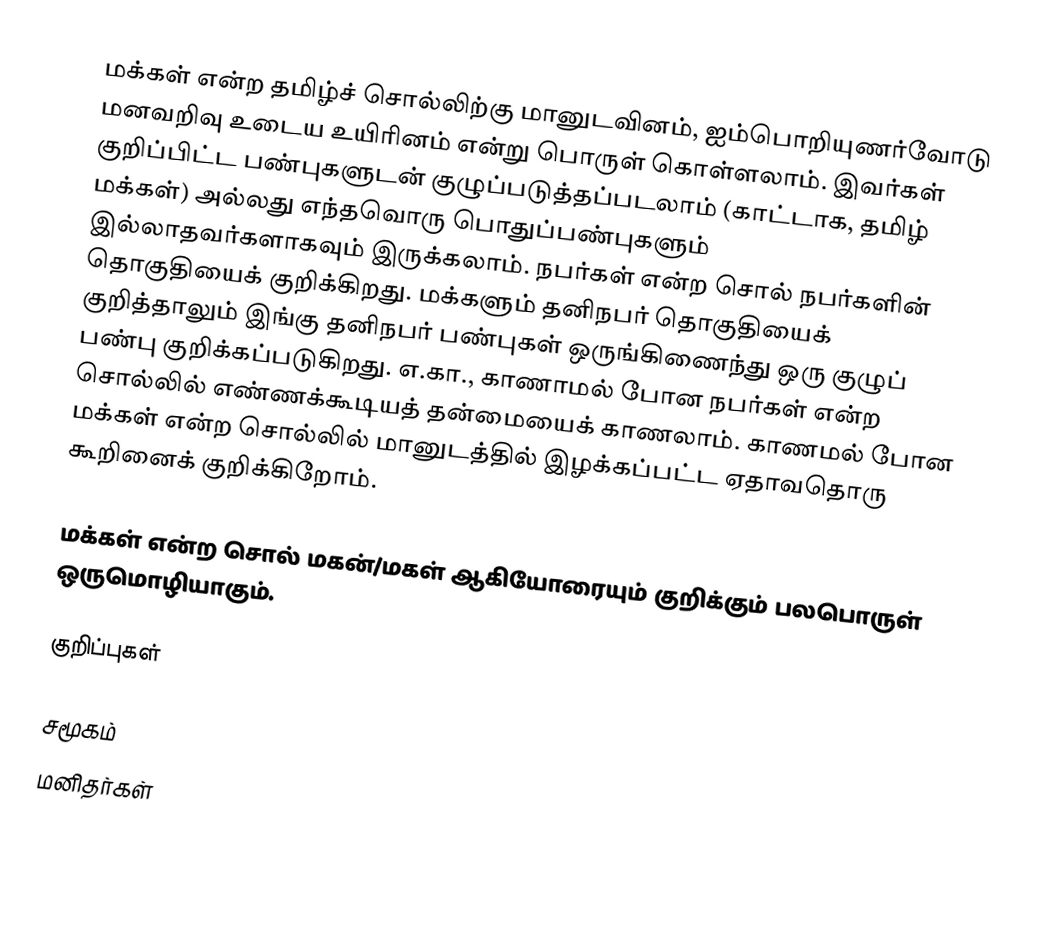
மக்கள் என்ற தமிழ்ச் சொல்லிற்கு மானுடவினம், ஐம்பொறியுணர்வோடு மனவறிவு உடைய உயிரினம் என்று பொருள் கொள்ளலாம். இவர்கள் குறிப்பிட்ட பண்புகளுடன் குழுப்படுத்தப்படலாம் (காட்டாக, தமிழ் மக்கள்) அல்லது எந்தவொரு பொதுப்பண்புகளும் இல்லாதவர்களாகவும் இருக்கலாம். நபர்கள் என்ற சொல் நபர்களின் தொகுதியைக் குறிக்கிறது. மக்களும் தனிநபர் தொகுதியைக் குறித்தாலும் இங்கு தனிநபர் பண்புகள் ஒருங்கிணைந்து ஒரு குழுப் பண்பு குறிக்கப்படுகிறது. எ.கா., காணாமல் போன நபர்கள் என்ற சொல்லில் எண்ணக்கூடியத் தன்மையைக் காணலாம். காணமல் போன மக்கள் என்ற சொல்லில் மானுடத்தில் இழக்கப்பட்ட ஏதாவதொரு கூறினைக் குறிக்கிறோம்.

மக்கள் என்ற சொல் மகன்/மகள் ஆகியோரையும் குறிக்கும் பலபொருள் ஒருமொழியாகும்.

குறிப்புகள்

சமூகம்
மனிதர்கள்